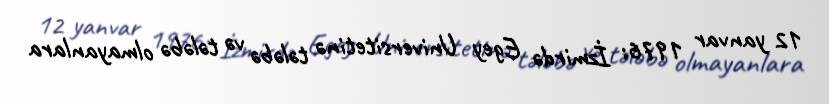
12 yanvar 1976: İzmirdə Egey Universitetinə tələbə və tələbə olmayanlara